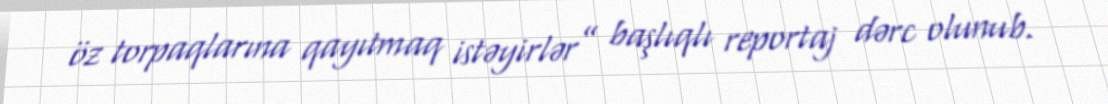
öz torpaqlarına qayıtmaq istəyirlər” başlıqlı reportaj dərc olunub.